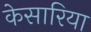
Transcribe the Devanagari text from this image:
केसारिया